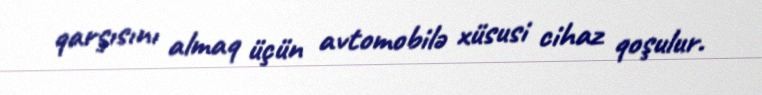
qarşısını almaq üçün avtomobilə xüsusi cihaz qoşulur.